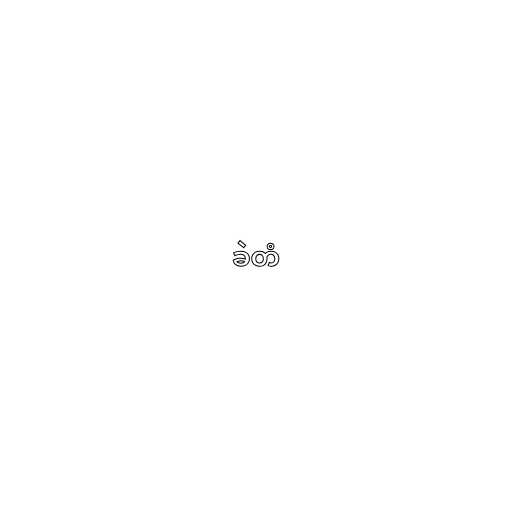
ခဲတံ